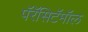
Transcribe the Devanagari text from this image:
पॅरॅसिटॅमॉल